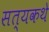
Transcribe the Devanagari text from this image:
सत्यकथे